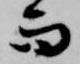
而